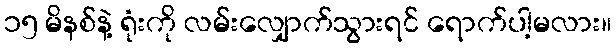
၁၅ မိနစ်နဲ့ ရုံးကို လမ်းလျှောက်သွားရင် ရောက်ပါ့မလား။